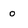
Character: 0